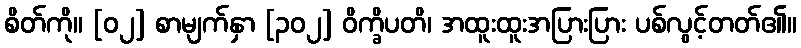
စိတ်ကို။ [၀၂] စာမျက်နှာ [၃၀၂] ဝိက္ခိပတိ၊ အထူးထူးအပြားပြား ပစ်လွင့်တတ်၏။